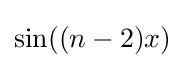
\sin((n-2)x)